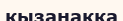
қызанаққа